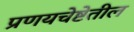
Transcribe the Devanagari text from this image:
प्रणयचेष्टेतील